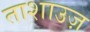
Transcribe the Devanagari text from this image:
ताशाउज़